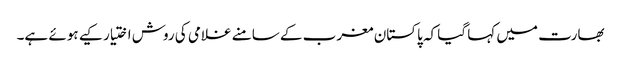
بھارت میں کہا گیا کہ پاکستان مغرب کے سامنے غلامی کی روش اختیار کیے ہوئے ہے۔